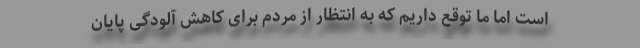
است اما ما توقع داریم که به انتظار از مردم برای کاهش آلودگی پایان